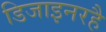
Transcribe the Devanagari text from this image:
डिजाइनरहै